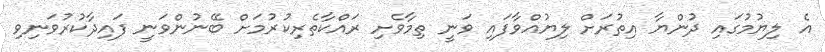
އެ ލިޔުމުގައި ދުންޔާ އިތުރަށް ލިޔުއްވާފައި ވަނީ ތިމާވެށި ރައްކާތެރިކުރުމަށް ބޭނުންވަނީ ފައިދާކުރުވަނިވި